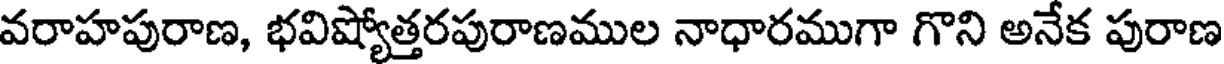
వరాహపురాణ, భవిష్యోత్తరపురాణముల నాధారముగా గొని అనేక పురాణ